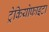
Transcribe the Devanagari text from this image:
ट्रेकियोफाइटा